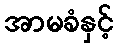
အာမခံနှင့်